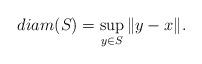
LaTeX: \begin{align*}diam(S)=\sup\limits_{y\in S} \Vert y-x\Vert.\end{align*}